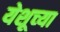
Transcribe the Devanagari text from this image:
येशूच्‍या